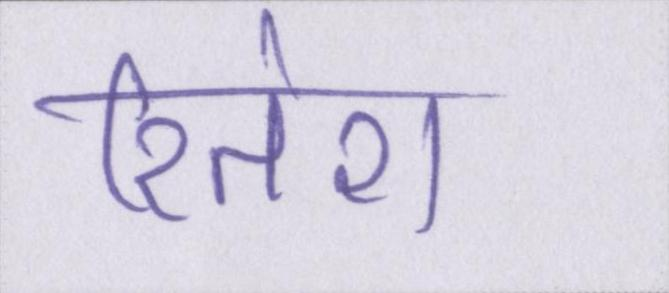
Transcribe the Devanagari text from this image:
रितेश